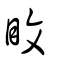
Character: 盿